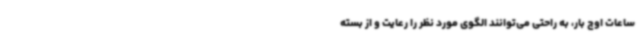
ساعات اوج بار، به راحتی می‌توانند الگوی مورد نظر را رعایت و از بسته